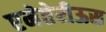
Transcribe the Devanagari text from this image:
एमेतेरीऊस